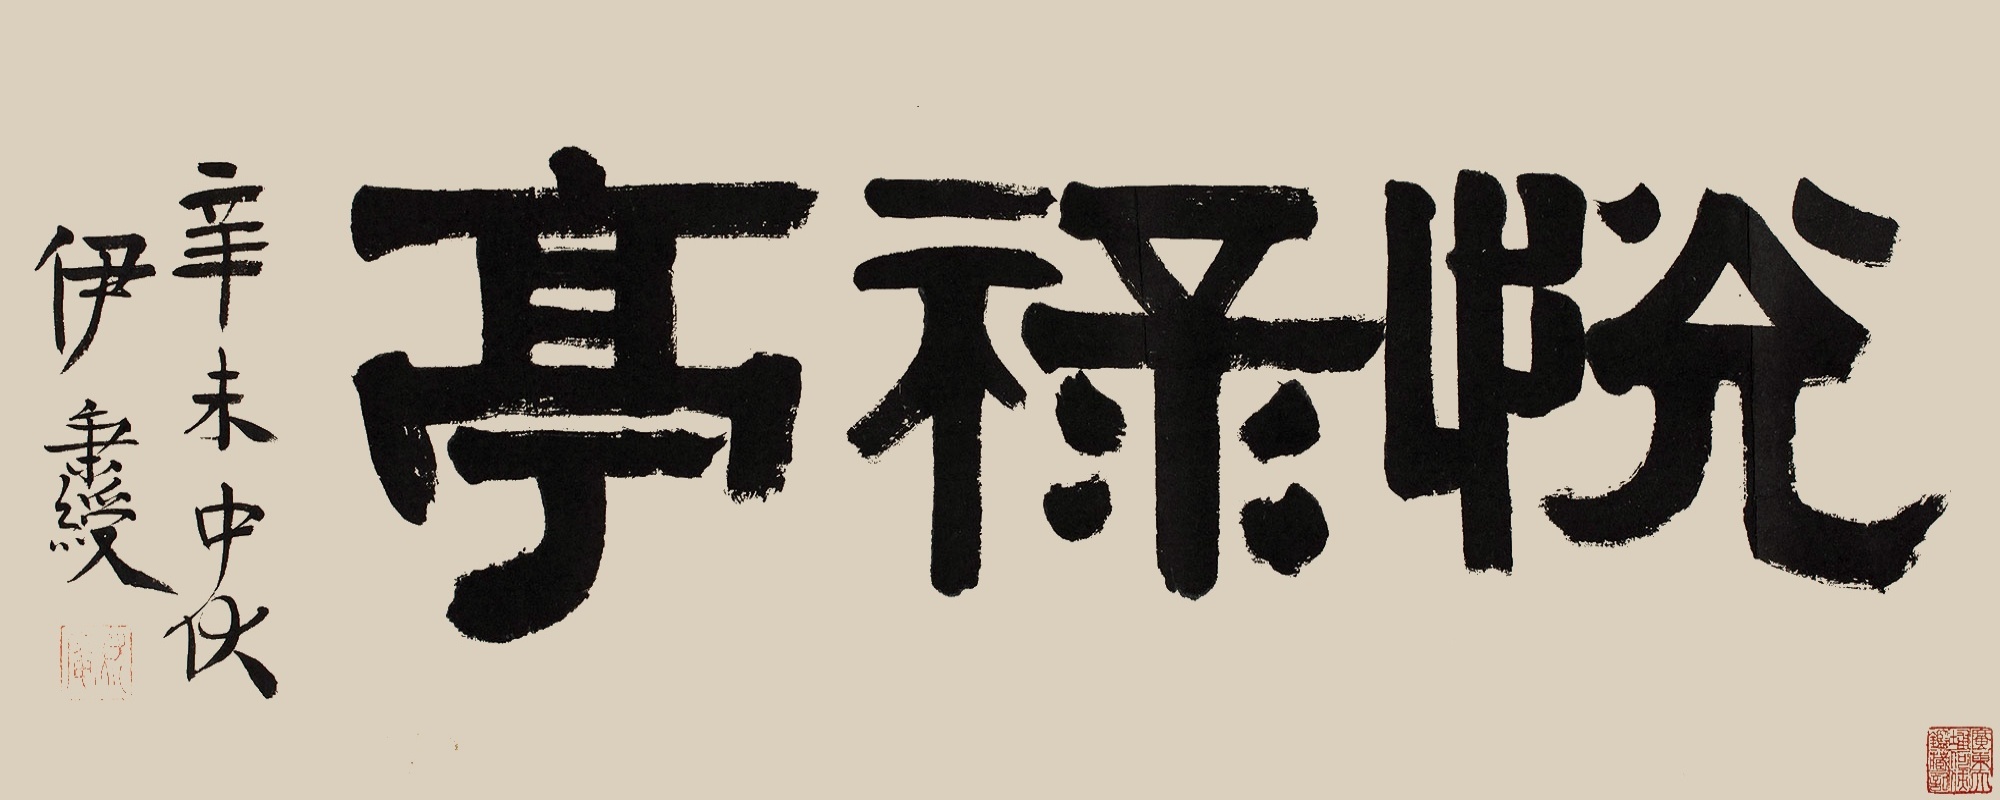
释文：悦禄亭辛未中伏，伊秉绶。